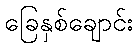
ခြေနှစ်ချောင်း